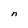
Character: n